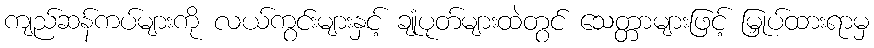
ကျည်ဆန်ကပ်များကို လယ်ကွင်းများနှင့် ချုံပုတ်များထဲတွင် သေတ္တာများဖြင့် မြှုပ်ထားရာမှ